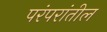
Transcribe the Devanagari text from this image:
परंपरांतील